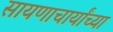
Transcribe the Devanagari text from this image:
सायणाचार्यांच्या